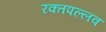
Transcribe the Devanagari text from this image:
रक्तपल्लव